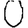
Digit: 0